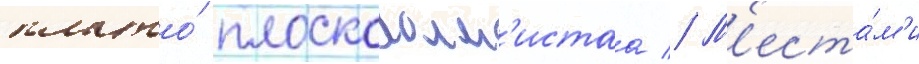
плато́ плоскохолм'истаа // М'еста́м'и